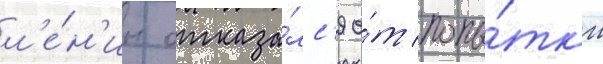
л'е́н'ин отказа́лс'я о́т попы́тк'и